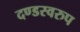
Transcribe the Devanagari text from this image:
दण्डस्वरुप